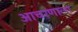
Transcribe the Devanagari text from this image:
आचरणाला